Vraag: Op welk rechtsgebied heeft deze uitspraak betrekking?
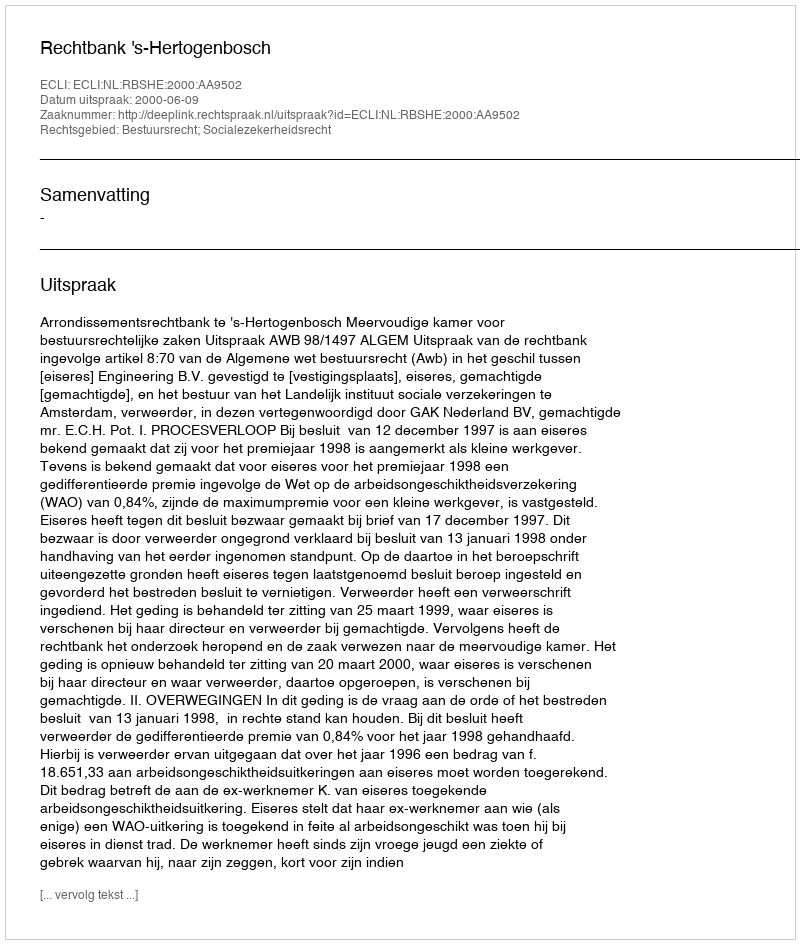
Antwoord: Bestuursrecht; Socialezekerheidsrecht